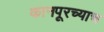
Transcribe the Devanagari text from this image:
कानपूरच्याच